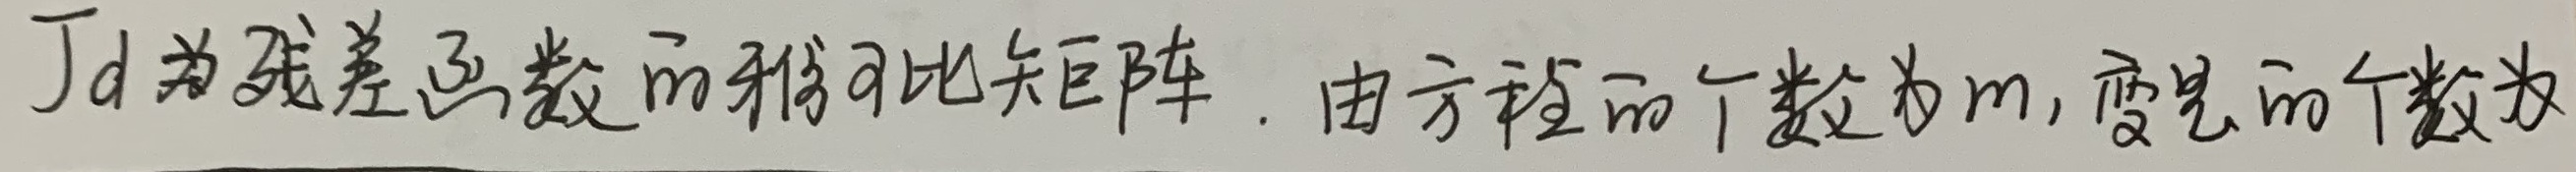
$J_d$ 为残差函数的雅可比矩阵。由方程的个数为 $m$，变量的个数为